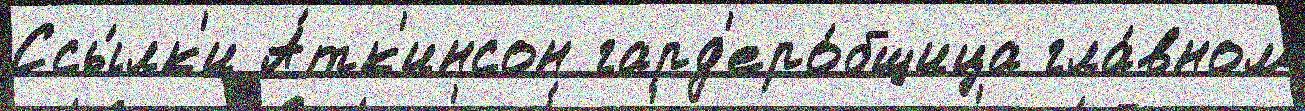
Ссы́лк'и А́тк'инсон гард'еро́бщица гла́вном